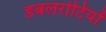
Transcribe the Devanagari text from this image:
डबलरोटियों